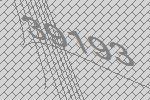
39193